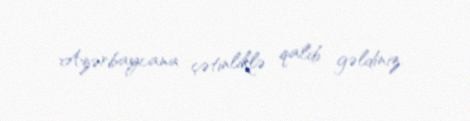
Azərbaycana çətinliklə qalib gəldiniz.